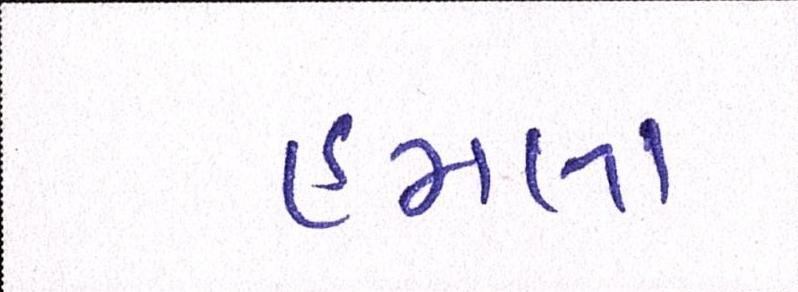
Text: હુમલા